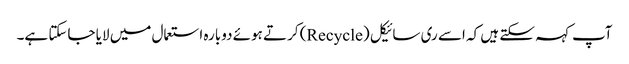
آپ کہہ سکتے ہیں کہ اسے ری سائیکل (Recycle) کرتے ہوئے دوبارہ استعمال میں لایا جاسکتا ہے۔